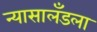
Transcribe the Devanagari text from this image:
न्यासालँडला